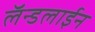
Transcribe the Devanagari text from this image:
लॅन्डलाईन